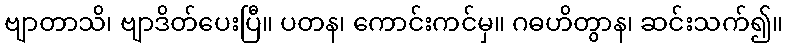
ဗျာတာသိ၊ ဗျာဒိတ်ပေးပြီ။ ပတန၊ ကောင်းကင်မှ။ ဂဓဟိတွာန၊ ဆင်းသက်၍။